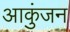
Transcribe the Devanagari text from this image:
आकुंजन